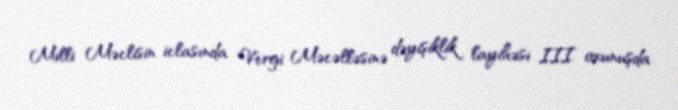
Milli Məclisin iclasında Vergi Məcəlləsinə dəyişiklik layihəsi III oxunuşda